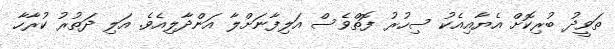
ތަވީދު ބުރިކޮށް އެޔާއިއެކު ސިހުރު ފޮތްވެސް އަލިފާނަށްލާ އަންދާލިއެވެ. އަލި ދަތުރު ކުރާހާ